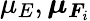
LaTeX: \mu_{E},\boldsymbol{\mu}_{\boldsymbol{F}_{i}}